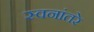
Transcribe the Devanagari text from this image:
स्वनांतरे